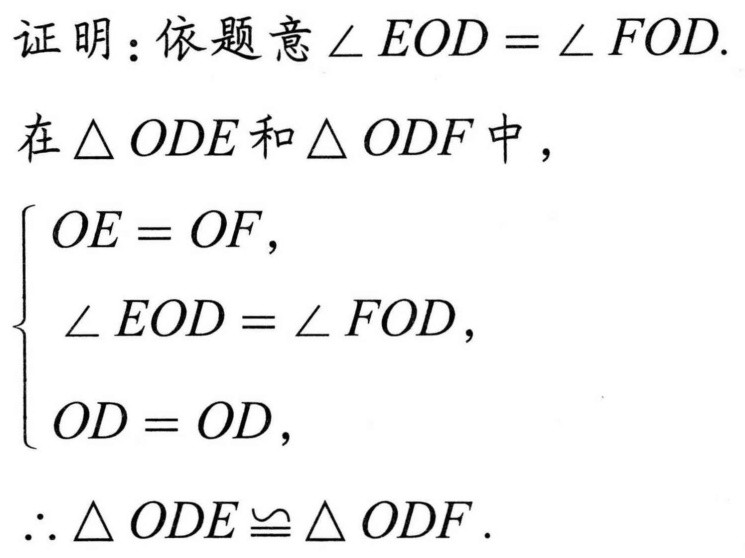
证明：依题意\(\angle EOD=\angle FOD\).
在\(\triangle ODE\)和\(\triangle ODF\)中，
\(\begin{cases}
OE = OF, \\
\angle EOD=\angle FOD, \\
OD = OD,
\end{cases}\)
\(\therefore\triangle ODE\cong\triangle ODF\).